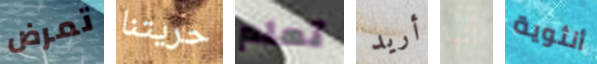
تمرض حريتنا تعلم أريد أنها أنثوية